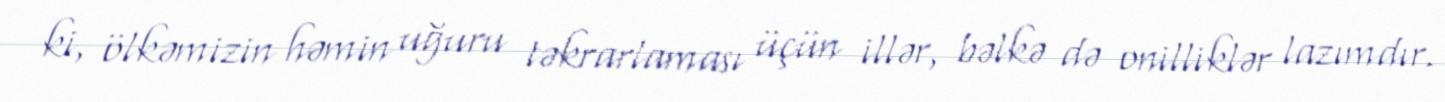
ki, ölkəmizin həmin uğuru təkrarlaması üçün illər, bəlkə də onilliklər lazımdır.